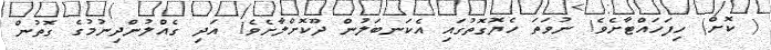
( ކޮށް) ހިފަހައްޓާށެވެ! ނުވަތަ ހެޔޮގޮތުގައި އެކަނބަލުން ދޫކޮށްލާށެވެ! އަދި ގެއްލުންދިނުމުގެ ގޮތުން